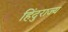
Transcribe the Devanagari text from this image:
हिंदुराज्य